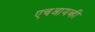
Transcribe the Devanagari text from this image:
एचआयव्ही